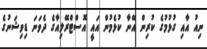
ނިއު އާއި ގުޅުމުގެ ކުރިން އޭނާ ކުޅެމުން އައީ އޮސްޓްރޭލިއާގެ ދެވަނަ ޑިވިޝަނުގެ